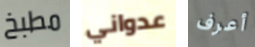
مطبخ عدواني أعرف